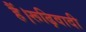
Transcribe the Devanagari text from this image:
हैं।रूढ़िवादी